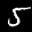
Label: 5